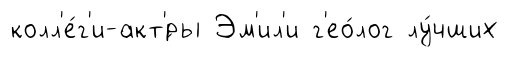
колл'е́г'и-акт'́ры Эм'ил'и г'ео́лог лу́чших